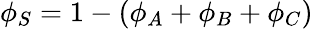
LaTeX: \phi_{S}=1-(\phi_{A}+\phi_{B}+\phi_{C})